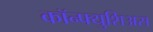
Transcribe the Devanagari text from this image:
कॉन्फ्युशिअस